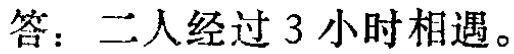
答：二人经过 3 小时相遇。